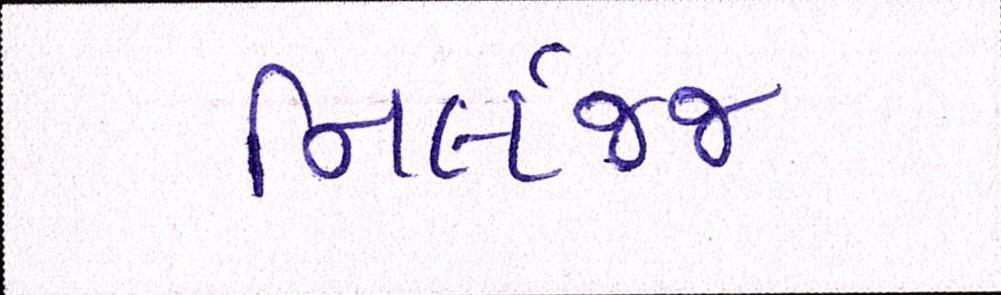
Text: નિર્લજ્જ